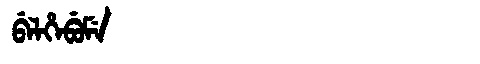
Manchu: ᠪᡝᠯᡥᡝᠪᡠᠮᡝ
Romanization: BELHEBUME